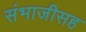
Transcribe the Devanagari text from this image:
संभाजीसह